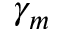
\gamma _ { m }